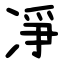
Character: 凈